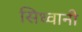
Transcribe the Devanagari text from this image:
सिध्वानी